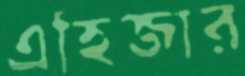
এহিজার